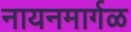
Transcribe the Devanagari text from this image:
नायनमार्गळ